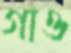
গাও